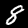
Label: 8